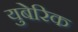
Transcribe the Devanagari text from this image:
युबेरिक